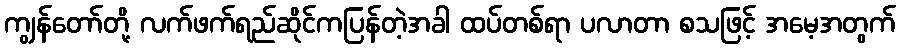
ကျွန်တော်တို့ လက်ဖက်ရည်ဆိုင်ကပြန်တဲ့အခါ ထပ်တစ်ရာ ပလာတာ စသဖြင့် အမေ့အတွက်